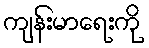
ကျန်းမာရေးကို